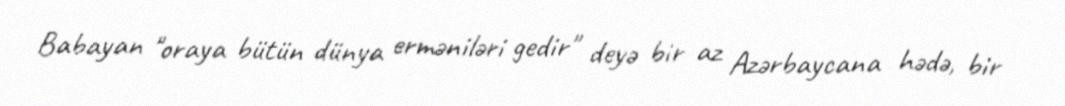
Babayan "oraya bütün dünya erməniləri gedir" deyə bir az Azərbaycana hədə, bir